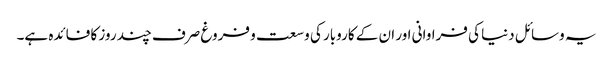
یہ وسائل دنیا کی فراوانی اور ان کے کاروبار کی وسعت و فروغ صرف چند روز کا فائدہ ہے۔